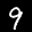
Label: 9